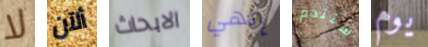
لا ألآن الابحاث إلهي ستندم يوم